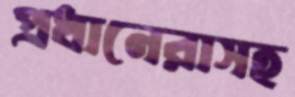
প্রধানেরাসহ